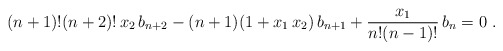
\begin{align*}(n+1)!(n+2)!\, x_2\, b_{n+2} - (n+1) (1+ x_1\, x_2)\, b_{n+1} +{x_1 \over n!(n-1)!}\, b_n = 0\ .\end{align*}